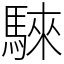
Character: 騋